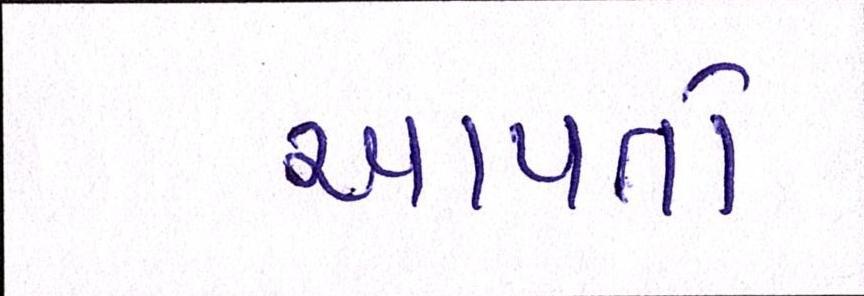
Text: આપતો